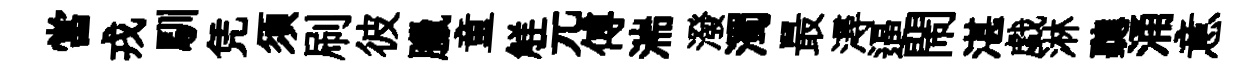
當戎馴凭須刷彼臘童觧元傅湍潑濁最潯逼閙湛戯淋聽涌意